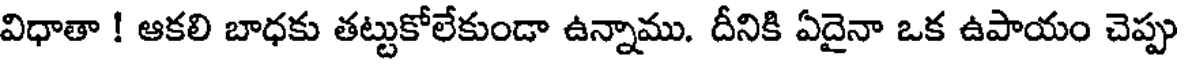
విధాతా ! ఆకలి బాధకు తట్టుకోలేకుండా ఉన్నాము. దీనికి ఏదైనా ఒక ఉపాయం చెప్పు